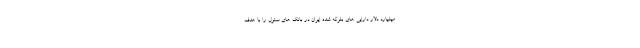
میلیارد دلار دارایی های بلوکه شده ایران در بانک های سئول را با هدف